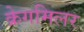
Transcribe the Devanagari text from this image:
क्रेगमिलर